Lunatic asylums Central Provinces reports 1886-1894 - 1886-1894
Year: 1886
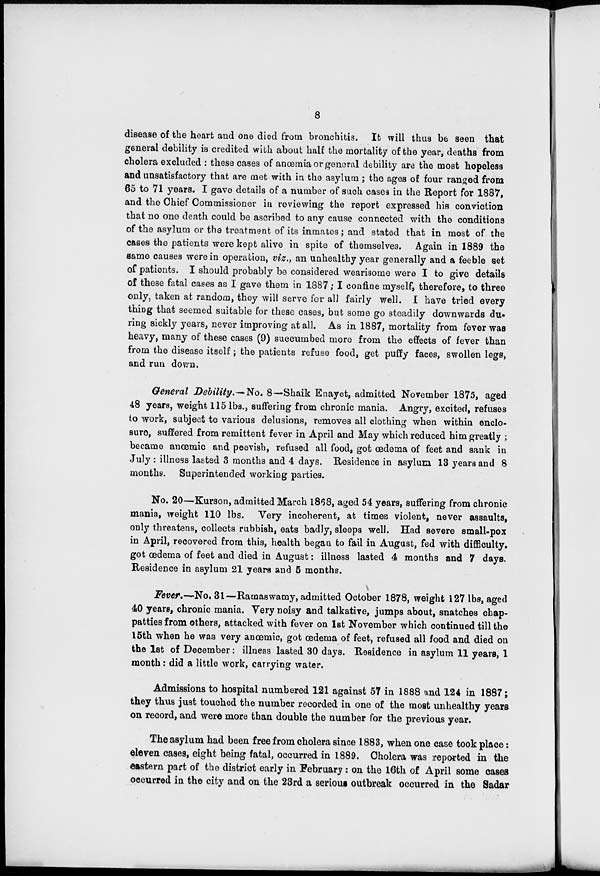
8
disease of the heart and one died from bronchitis. It will thus be seen that
general debility is credited with about half the mortality of the year, deaths from
cholera excluded : these cases of anœmia or general debility are the most hopeless
and unsatisfactory that are met with in the asylum ; the ages of four ranged from
65 to 71 years. I gave details of a number of such cases in the Report for 1887,
and the Chief Commissioner in reviewing the report expressed his conviction
that no one death could be ascribed to any cause connected with the conditions
of the asylum or the treatment of its inmates; and stated that in most of the
cases the patients were kept alive in spite of themselves. Again in 1889 the
same causes were in operation, viz., an unhealthy year generally and a feeble set
of patients. I should probably be considered wearisome were I to give details
of these fatal cases as I gave them in 1887; I confine myself, therefore, to three
only, taken at random, they will serve for all fairly well. I have tried every
thing that seemed suitable for these cases, but some go steadily downwards du-
ring sickly years, never improving at all. As in 1887, mortality from fever was
heavy, many of these cases (9) succumbed more from the effects of fever than
from the disease itself; the patients refuse food, get puffy faces, swollen legs,
and run down.
General Debility.— No. 8—Shaik Enayet, admitted November 1875, aged
48 years, weight 115 lbs., suffering from chronic mania. Angry, excited, refuses
to work, subject to various delusions, removes all clothing when within enclo-
sure, suffered from remittent fever in April and May which reduced him greatly ;
became anœmic and peevish, refused all food, got œdema of feet and sank in
July : illness lasted 3 months and 4 days. Residence in asylum 13 years and 8
months. Superintended working parties.
No. 20—Kurson, admitted March 1888, aged 54 years, suffering from chronic
mania, weight 110 lbs. Very incoherent, at times violent, never assaults,
only threatens, collects rubbish, eats badly, sleeps well. Had severe small-pox
in April, recovered from this, health began to fail in August, fed with difficulty.
got œdema of feet and died in August: illness lasted 4 months and 7 days.
Residence in asylum 21 years and 5 months.
Fever.—No. 31—Ramaswamy, admitted October 1878, weight 127 lbs, aged
40 years, chronic mania. Very noisy and talkative, jumps about, snatches chap-
patties from others, attacked with fever on 1st November which continued till the
15th when he was very anœmic, got œdema of feet, refused all food and died on
the 1st of December: illness lasted 30 days. Residence in asylum 11 years, 1
month: did a little work, carrying water.
Admissions to hospital numbered 121 against 57 in 1888 and 124 in 1887;
they thus just touched the number recorded in one of the most unhealthy years
on record, and were more than double the number for the previous year.
The asylum had been free from cholera since 1883, when one case took place:
eleven cases, eight being fatal, occurred in 1889. Cholera was reported in the
eastern part of the district early in February: on the 16th of April some cases
occurred in the city and on the 23rd a serious outbreak occurred in the Sadar